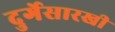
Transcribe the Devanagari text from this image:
दुर्गेसारखी